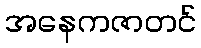
အနေကဇာတင်